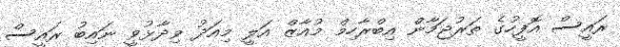
ރައީސް އޮފީހުގެ ތަރުޖަމާން އިބްރާހިމް މުއާޒް އަލީ މިއަދު ވިދާޅުވީ ނައިބު ރައީސް